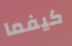
كيفما